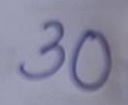
30